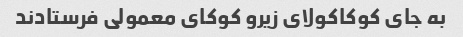
به جاى کوکاکولاى زیرو کوکاى معمولى فرستادند